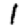
Digit: 1